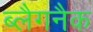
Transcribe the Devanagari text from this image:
ब्लैगनैक